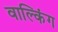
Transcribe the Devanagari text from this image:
वाल्किंग